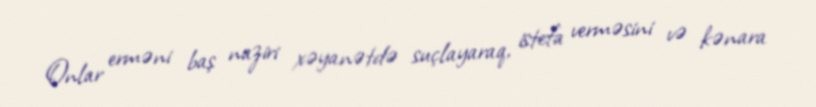
Onlar erməni baş naziri xəyanətdə suçlayaraq, istefa verməsini və kənara